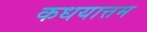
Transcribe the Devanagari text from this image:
कधयात्तम